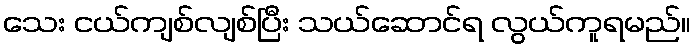
သေး ငယ်ကျစ်လျစ်ပြီး သယ်ဆောင်ရ လွယ်ကူရမည်။